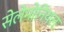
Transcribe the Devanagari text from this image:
सेलेमोनियल